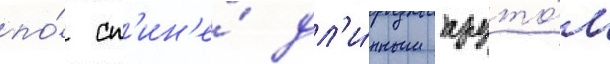
по́ сп'ин'е́ дл'и́нным пруто́м